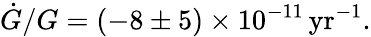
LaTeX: \dot{G}/G=(-8\pm 5)\times 10^{-11}\, \mathrm{yr}^{-1}.